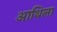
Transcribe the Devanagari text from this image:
आथिला